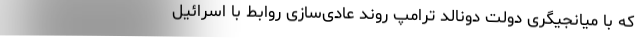
که با میانجیگری دولت دونالد ترامپ روند عادی‌سازی روابط با اسرائیل